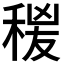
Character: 𥟛